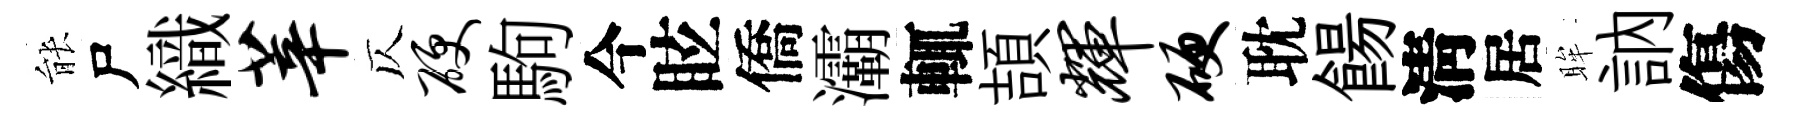
䏻尸織莘仄硬駒今眩僑灞輒頡辉硬耽餳淸居眸訥傷